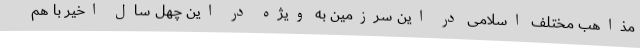
مذاهب مختلف اسلامی در این سرزمین به ویژه در این چهل سال اخیر با هم